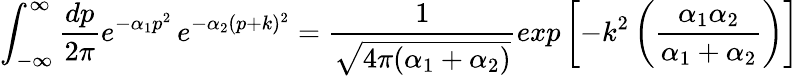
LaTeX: \int_{-\infty}^{\infty}{\frac{dp}{2\pi}}e^{-\alpha_{1}p^{2}}\, e^{-\alpha_{2}(p+k)^{2}}={\frac{1}{\sqrt{4\pi(\alpha_{1}+\alpha_{2})}}}exp\left[-k^{2}\left({\frac{\alpha_{1}\alpha_{2}}{\alpha_{1}+\alpha_{2}}}\right)\right]